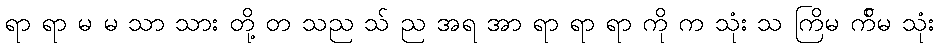
ရာ ရာ မ မ သာ သား တို့ တ သည သ် ည အရ အာ ရာ ရာ ရာ ကို က သုံး သ ကြိမ က်ိမ သုံး